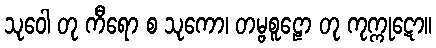
သုဝေါ တု ကီရော စ သုကော၊ တမ္ဗစူဠော တု ကုက္ကုဋော။